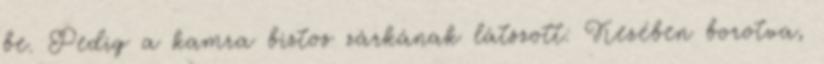
be. Pedig a kamra biztos zárkának látszott. Kezében borotva,